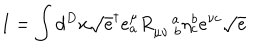
LaTeX: I = \int d ^ { D } x \sqrt { e } ^ { \dagger } e _ { a } ^ { \mu } R _ { \mu \nu \, \, b } ^ { \quad a } \eta _ { c } ^ { b } e ^ { \nu c } \sqrt { e }